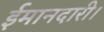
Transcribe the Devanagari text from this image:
ईमानदारी।